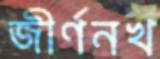
জীর্ণনখ